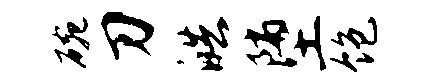
碗刀皓堕饱